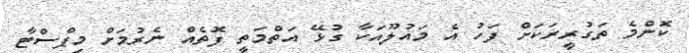
ކޮންމެ ތަގުރީރަކަށް ފަހު އެ މައުލޫއަކާ ގުޅޭ އަތްމަތީ ފޮތެއް ނެރުމަށް މިޕްސްޓާ